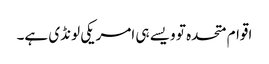
اقوام متحدہ تو ویسے ہی امریکی لونڈی ہے۔